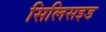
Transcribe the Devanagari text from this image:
सिलिसइड